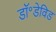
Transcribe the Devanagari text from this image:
डॉ॰डेविड